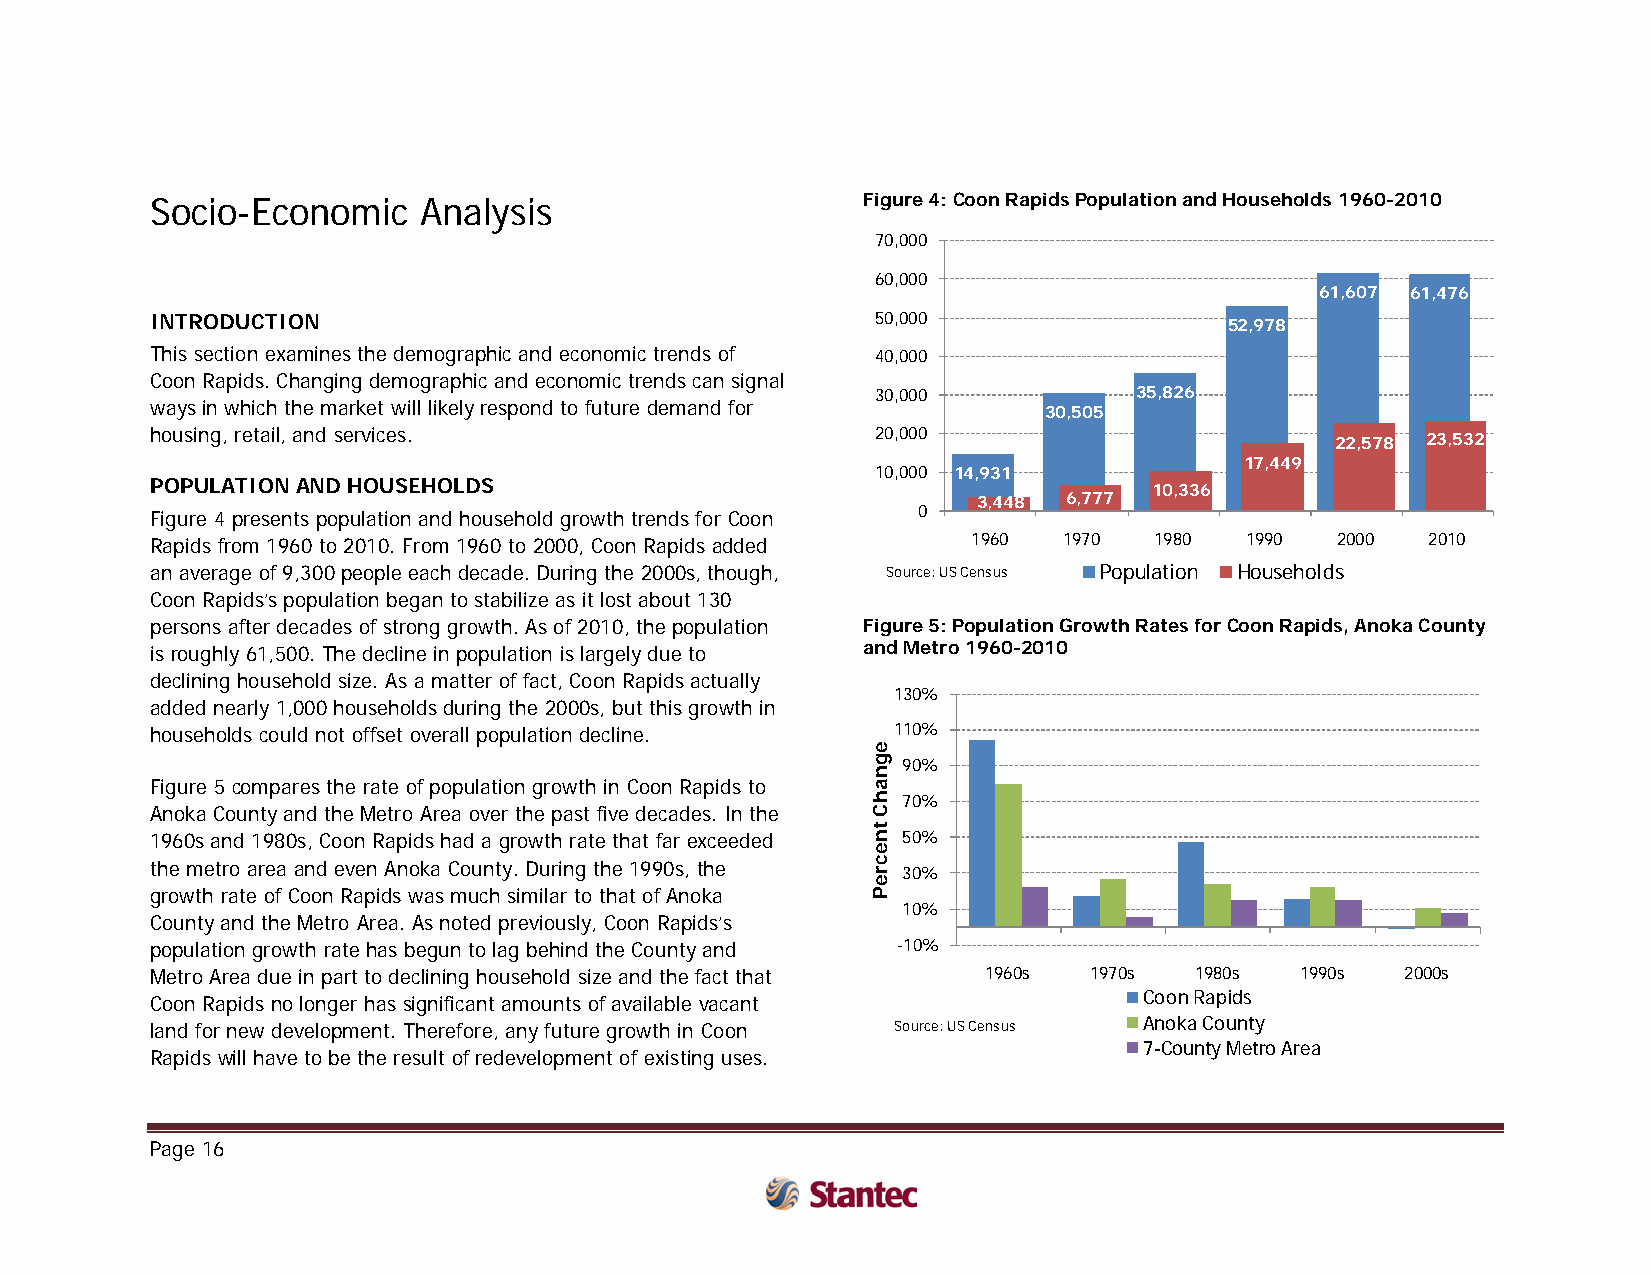
Socio-Economic    Analysis                     Figure 4: Coon Rapids Population and Households 1960-2010
 70,000
 60,000
 61,607 61,476
 INTRODUCTION                                    50,000                 52,978
 This section examines the demographic and economic trends of 40,000
 Coon Rapids. Changing demographic and economic trends can signal
 30,000           35,826
 ways in which the market will likely respond to future demand for 30,505
 housing, retail, and services.                  20,000                        22,578 23,532
 17,449
 10,000 14,931
 POPULATION AND HOUSEHOLDS                                         10,336
 3,448 6,777
 Figure 4 presents population and household growth trends for Coon 0
 Rapids from 1960 to 2010. From 1960 to 2000, Coon Rapids added 1960 1970 1980 1990 2000 2010
 an average of 9,300 people each decade. During the 2000s, though, Source: US Census Population Households
 Coon Rapids’s population began to stabilize as it lost about 130
 persons after decades of strong growth. As of 2010, the population Figure 5: Population Growth Rates for Coon Rapids, Anoka County
 is roughly 61,500. The decline in population is largely due to and Metro 1960-2010
 declining household size. As a matter of fact, Coon Rapids actually
 130%
 added nearly 1,000 households during the 2000s, but this growth in
 households could not offset overall population decline. 110%
 90%
 Figure 5 compares the rate of population growth in Coon Rapids to
 70%
 Anoka County and the Metro Area over the past five decades. In the
 1960s and 1980s, Coon Rapids had a growth rate that far exceeded 50%
 the metro area and even Anoka County. During the 1990s, the 30%
 growth rate of Coon Rapids was much similar to that of Anoka
 10%
 County and the Metro Area. As noted previously, Coon Rapids’s
 population growth rate has begun to lag behind the County and -10%
 Metro Area due in part to declining household size and the fact that 1960s 1970s 1980s 1990s 2000s
 Coon Rapids no longer has significant amounts of available vacant Coon Rapids
 land for new development. Therefore, any future growth in Coon Source: US Census Anoka County
 7-County Metro Area
 Rapids will have to be the result of redevelopment of existing uses.
 Page 16
 egnahC
 tnecreP